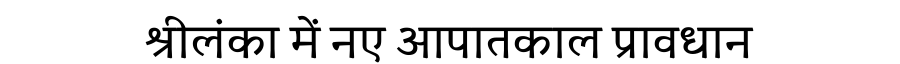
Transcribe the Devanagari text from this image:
श्रीलंका में नए आपातकाल प्रावधान